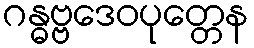
ဂန္ဓဗ္ဗဒေဝပုတ္တေန